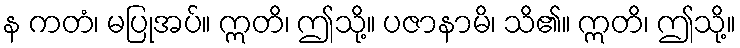
န ကတံ၊ မပြုအပ်။ ဣတိ၊ ဤသို့။ ပဇာနာမိ၊ သိ၏။ ဣတိ၊ ဤသို့။